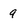
Character: 9